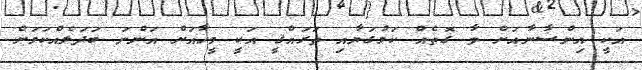
އަކީ އިންސާނާއަށް ވާ ގޮތެއް ކަމުގަޔާއި ތަރައްޤީ އަކީ މީހާއަށް އަންނަ ބަދަލެއްކަމަށް